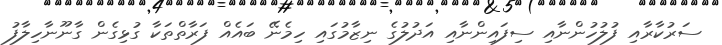
ސަރުކާރާއި ފުލުހުންނާއި ސިފައިންނާއި އަދުލުގެ ނިޒާމުގައި ހިމެނޭ ބައެއް ފަރާތްތަކާ ގުޅިގެން ގާނޫނާހިލާފު